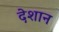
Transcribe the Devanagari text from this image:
देशान